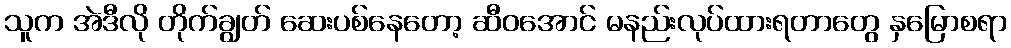
သူက အဲဒီလို တိုက်ချွတ် ဆေးပစ်နေတော့ ဆီဝအောင် မနည်းလုပ်ထားရတာတွေ နှမြောစရာ